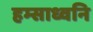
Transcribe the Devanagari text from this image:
हम्साध्वनि